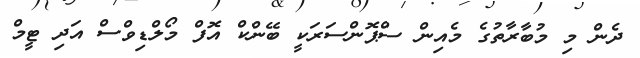
ދެން މި މުބާރާތުގެ މެއިން ސްޕޮންސަރަކީ ބޭންކް އޮފް މޯލްޑިވްސް އަދި ޓީމް